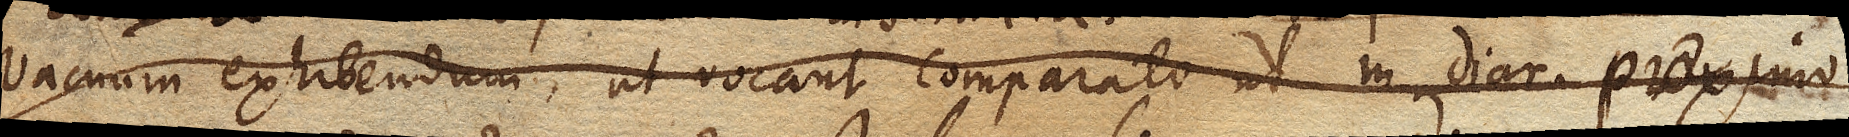
vacuum exhibendum, ut vocant comparato ut in Diar. proximo